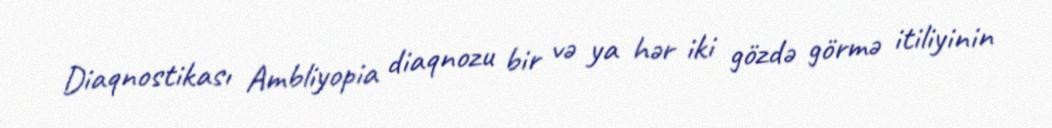
Diaqnostikası Ambliyopia diaqnozu bir və ya hər iki gözdə görmə itiliyinin